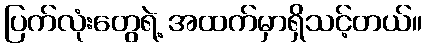
ပြက်လုံးတွေရဲ့ အထက်မှာရှိသင့်တယ်။